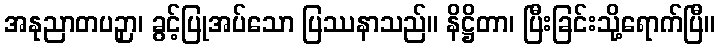
အနုညာတပဉှာ၊ ခွင့်ပြုအပ်သော ပြဿနာသည်။ နိဋ္ဌိတာ၊ ပြီးခြင်းသို့ရောက်ပြီ။